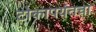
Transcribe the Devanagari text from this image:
टोकापर्यंतचा